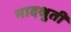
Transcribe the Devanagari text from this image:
नादश्रुती